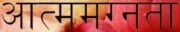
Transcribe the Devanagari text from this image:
आत्ममग्नता